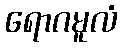
ရောဂမူလံ